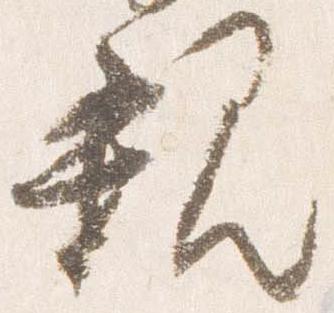
親